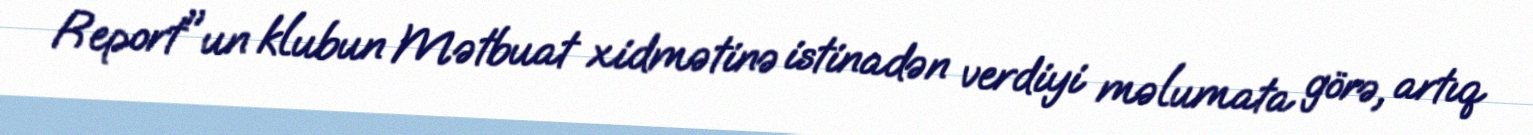
Report"un klubun Mətbuat xidmətinə istinadən verdiyi məlumata görə, artıq